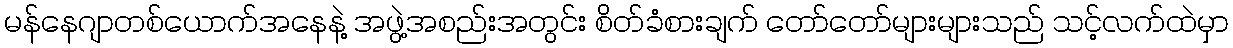
မန်နေဂျာတစ်ယောက်အနေနဲ့ အဖွဲ့အစည်းအတွင်း စိတ်ခံစားချက် တော်တော်များများသည် သင့်လက်ထဲမှာ